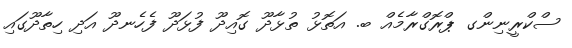
ސްކްރީނިންގ ޕްރޮގްރާމެއް ބ. އަތޮޅު ތުޅާދޫ ގޮއިދޫ ފުޅަދޫ ފެހެނދޫ އަދި ހިތާދޫގައި